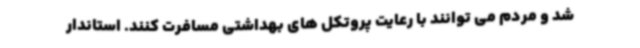
شد و مردم می توانند با رعایت پروتکل های بهداشتی مسافرت کنند. استاندار